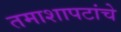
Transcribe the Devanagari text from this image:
तमाशापटांचे